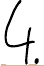
4.